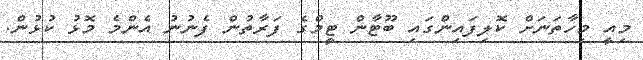
މިއީ މިހާތަނަށް ކޮލިފައިންގައި ބޫޓާން ޓީމްގެ ފަރާތުން ފެނުނު އެންމެ މޮޅު ކުޅުން.